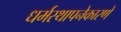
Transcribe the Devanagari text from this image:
धर्मस्थापनेकारणे